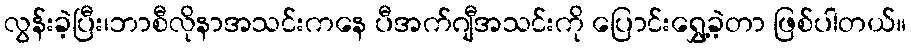
လွန်းခဲ့ပြီး၊ဘာစီလိုနာအသင်းကနေ ပီအက်ဂျီအသင်းကို ပြောင်းရွှေ့ခဲ့တာ ဖြစ်ပါတယ်။